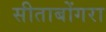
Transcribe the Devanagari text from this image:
सीताबोंगरा